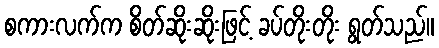
စကားလက်က စိတ်ဆိုးဆိုးဖြင့် ခပ်တိုးတိုး ရွတ်သည်။